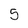
Character: 5